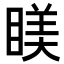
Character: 𥈢